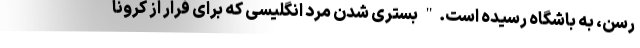
رسن، به باشگاه رسیده است." بستری شدن مرد انگلیسی که برای فرار از کرونا